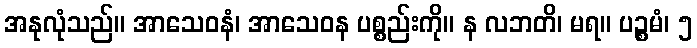
အနုလုံသည်။ အာသေဝနံ၊ အာသေဝန ပစ္စည်းကို။ န လဘတိ၊ မရ။ ပဉ္စမံ၊ ၅